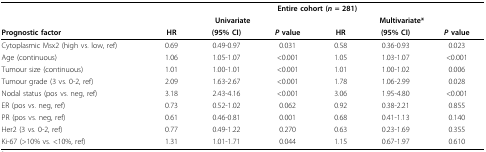
|  | <COLSPAN=6> Entire cohort (n = 281) |
 |  | <COLSPAN=3> Univariate | <COLSPAN=3> Multivariate* |
 | Prognostic factor | HR | (95% CI) | P value | HR | (95% CI) | P value |
 | --- | --- | --- | --- | --- | --- | --- |
 | Cytoplasmic Msx2 (high vs. low, ref) | 0.69 | 0.49-0.97 | 0.031 | 0.58 | 0.36-0.93 | 0.023 |
 | Age (continuous) | 1.06 | 1.05-1.07 | <0.001 | 1.05 | 1.03-1.07 | <0.001 |
 | Tumour size (continuous) | 1.01 | 1.00-1.01 | <0.001 | 1.01 | 1.00-1.02 | 0.006 |
 | Tumour grade (3 vs. 0-2, ref) | 2.09 | 1.63-2.67 | <0.001 | 1.78 | 1.06-2.99 | 0.028 |
 | Nodal status (pos vs. neg, ref) | 3.18 | 2.43-4.16 | <0.001 | 3.06 | 1.95-4.80 | <0.001 |
 | ER (pos vs. neg, ref) | 0.73 | 0.52-1.02 | 0.062 | 0.92 | 0.38-2.21 | 0.855 |
 | PR (pos vs. neg, ref) | 0.61 | 0.46-0.81 | 0.001 | 0.68 | 0.41-1.13 | 0.140 |
 | Her2 (3 vs. 0-2, ref) | 0.77 | 0.49-1.22 | 0.270 | 0.63 | 0.23-1.69 | 0.355 |
 | Ki-67 (>10% vs. <10%, ref) | 1.31 | 1.01-1.71 | 0.044 | 1.15 | 0.67-1.97 | 0.610 |